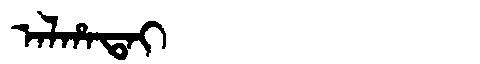
Manchu: ᠠᠯᡥᠠᡨᠠᡳ
Romanization: ALHATAI